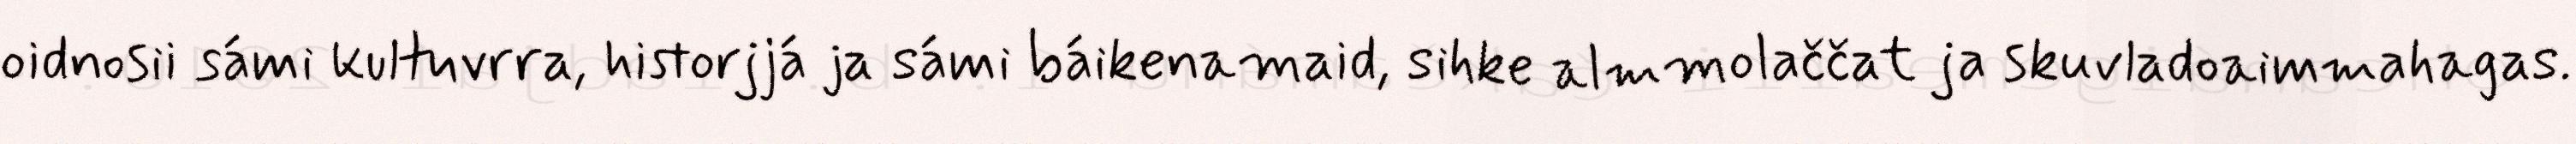
oidnosii sámi kultuvrra, historjjá ja sámi báikenamaid, sihke almmolaččat ja skuvladoaimmahagas.